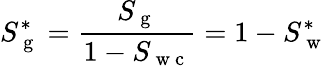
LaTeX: S_{\mathrm{~g~}}^{*}=\frac{S_{\mathrm{~g~}}}{1-S_{\mathrm{~w~c~}}}=1-S_{\mathrm{~w~}}^{*}